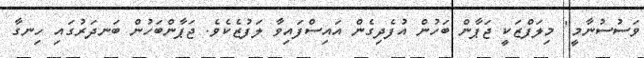
ވަސުސުނާމީ" މިލަފްޒަކީ ޖަޕާން ބަހުން އުފެދިގެން އައިސްފައިވާ ލަފުޒެކެވެ. ޖަޕާންބަހުން ބަނދަރުގައި ހިނގާ